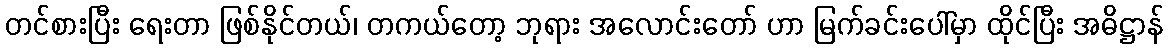
တင်စားပြီး ရေးတာ ဖြစ်နိုင်တယ်၊ တကယ်တော့ ဘုရား အလောင်းတော် ဟာ မြက်ခင်းပေါ်မှာ ထိုင်ပြီး အဓိဋ္ဌာန်